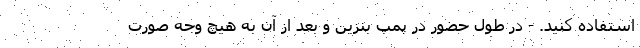
استفاده کنید. - در طول حضور در پمپ بنزین و بعد از آن به هیچ وجه صورت